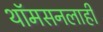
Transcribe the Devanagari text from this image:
थॉमसनलाही